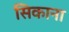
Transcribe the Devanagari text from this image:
सिकाना